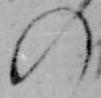
の